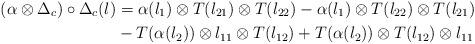
LaTeX: \begin{align*}(\alpha \otimes \Delta_c) \circ \Delta_c(l)&=\alpha (l_1) \otimes T(l_{21}) \otimes T(l_{22})-\alpha (l_1) \otimes T(l_{22}) \otimes T(l_{21}) \\&-T(\alpha (l_2)) \otimes l_{11} \otimes T(l_{12})+T(\alpha (l_2)) \otimes T(l_{12}) \otimes l_{11}\end{align*}